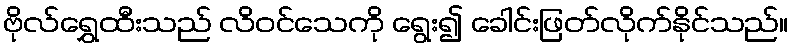
ဗိုလ်ရွှေထီးသည် လိဝင်သေကို ရွေး၍ ခေါင်းဖြတ်လိုက်နိုင်သည်။